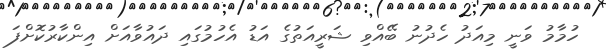
ހުމާމު ވަނީ މިއަދު ހެދުނު ބޭއްވި ޝަރީއަތުގެ އަޑު އެހުމުގައި ދައުވާއަށް އިންކާރުކޮށްފަ